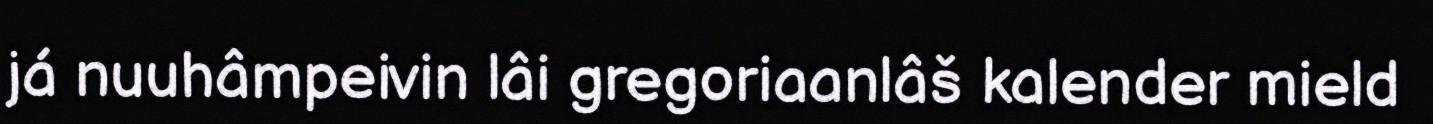
já nuuhâmpeivin lâi gregoriaanlâš kalender mield